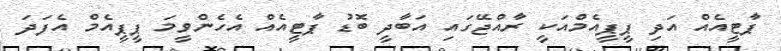
ޕާޓީއެއް އަދި ޕީޕީއެމްއަކީ ރާއްޖޭގައި އަބާދީ ބޮޑު ޕާޓީއެއް އެހެންވީމަ ޕީޕީއެމް އެފަދަ